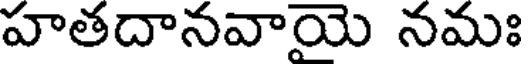
హతదానవాయె నమః